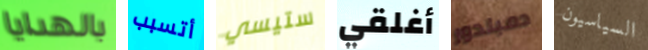
بالهدايا أتسبب ستيسي أغلقي دمبلدور السياسيون